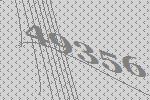
49356